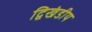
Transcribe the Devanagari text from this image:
द्विखंडीय